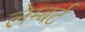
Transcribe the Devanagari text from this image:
लेम्‍बर्ट